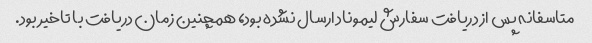
متاسفانه پس از دریافت سفارش لیموناد ارسال نشده بود، همچنین زمان دریافت با تاخیر بود.